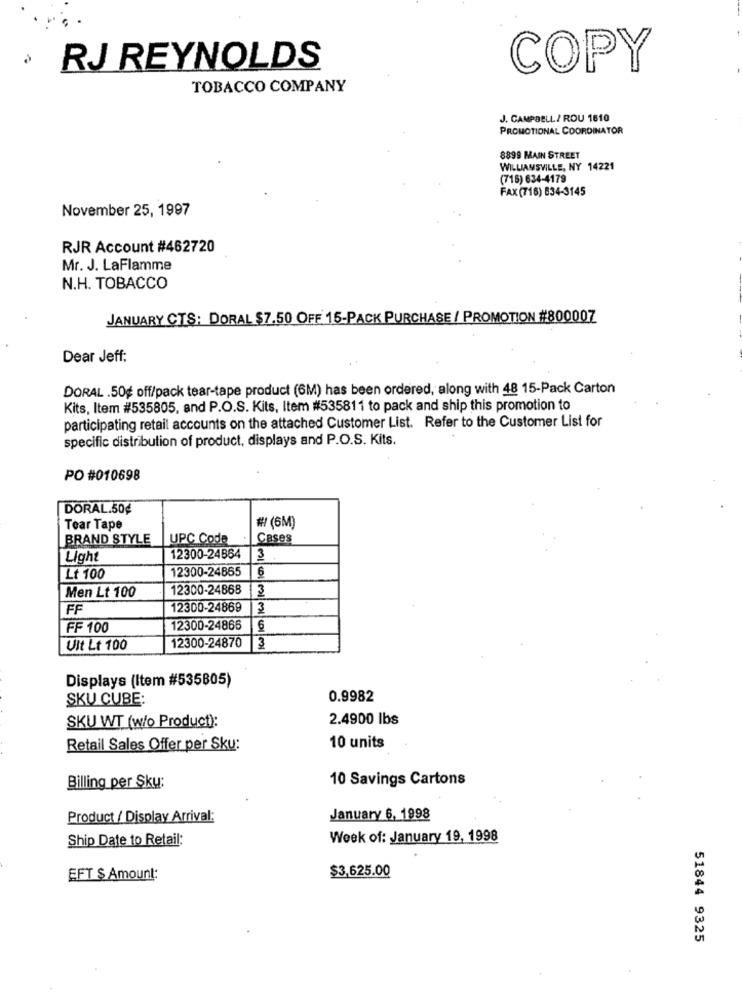
RJ REYNOLDS
COPY
TOBACCO COMPANY
J. CAMPBELL/ ROU 1610
PROMOTIONAL COORDINATOR
8899 MAIN STREET
WILLIAMSVILLE, NY 14221
(715) 634-4179
FAX (716) 834-3145
November 25, 1997
RJR Account #462720
Mr. J. LaFlamme
N.H. TOBACCO
JANUARY CTS: DORAL $7.50 OFF 15-PACK PURCHASE / PROMOTION #800007
Dear Jeff:
DORAL .50₺ off/pack tear-tape product (6M) has been ordered, along with 48 15-Pack Carton
Kits, Item #535805, and P.O.S. Kits, Item #535811 to pack and ship this promotion to
participating retail accounts on the attached Customer List. Refer to the Customer List for
specific distribution of product, displays and P.O.S. Kits.
PO #010698
DORAL.50€
Tear Tape
# (6M)
BRAND STYLE
UPC Code
Cases
Light
12300-24864
3
12300-24865
6
Lt 100
12300-24868
3
Men Lt 100
FF
12300-24869
3
FF 100
12300-24865
Ult Lt 100
12300-24870
3
Displays (Item #535805)
SKU CUBE:
0.9982
2.4900 lbs
SKU WT (w/o Product):
Retail Sales Offer per Sku:
10 units
10 Savings Cartons
Billing per Sku:
Product / Display Arrival:
January 6, 1998
Ship Date to Retail:
Week of: January 19, 1998
$3,625.00
EFT $ Amount:
51844 9325